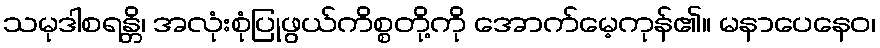
သမုဒါစရန္တိ၊ အလုံးစုံပြုဖွယ်ကိစ္စတို့ကို အောက်မေ့ကုန်၏။ မနာပေနေဝ၊